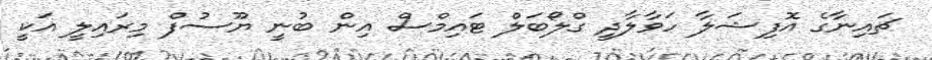
ޗައިނާގެ އޮފިޝަލާ ހަވާލާދީ ގްލޯބަލް ޓައިމްސް އިން ބުނީ ޔޫސުފް މިރައިލީ އަކީ